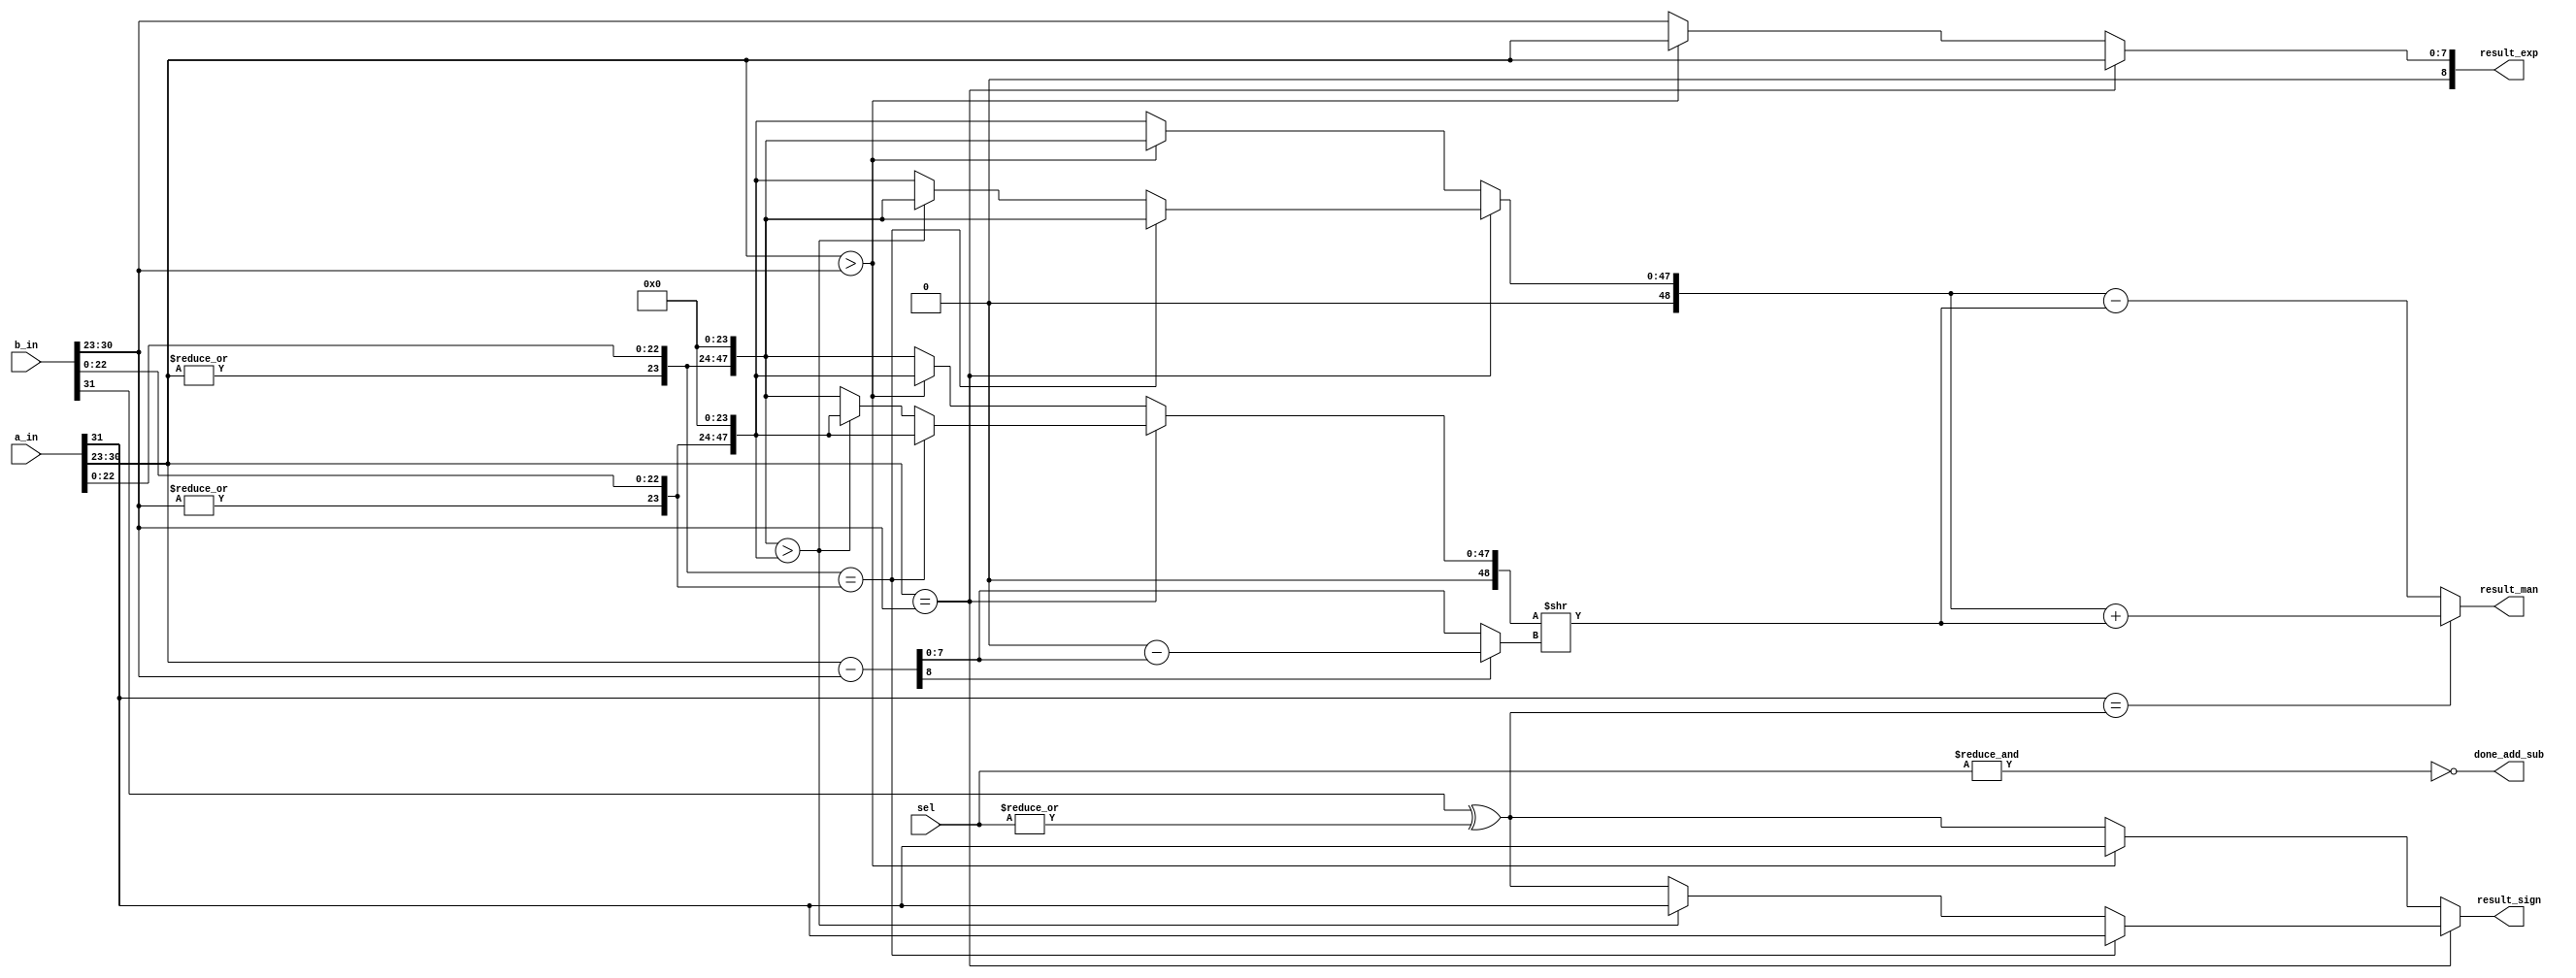
`timescale 1ns/10ps
module add_sub (
   input  wire [31:0] a_in,
   input  wire [31:0] b_in, 
   input  wire [1:0]  sel,
   output reg         result_sign,
   output reg  [8:0]  result_exp,
   output reg  [48:0] result_man,

   output wire         done_add_sub
);
//=======================================================
//  REG/WIRE declarations
//=======================================================  
    reg        a_sign;
    reg        b_sign;
    reg        new_b_sign;  
    reg [8:0]  a_exp;
    reg [8:0]  b_exp;
    reg [48:0] a_man;
    reg [48:0] b_man;
    reg [8:0]  exp_diff;
    reg [7:0]  abs_exp_diff;
    reg [48:0] larger_man;
    reg [48:0] smaller_man; 
    reg [48:0] new_smaller_man;

    assign done_add_sub = !(&(sel)); // add_sub always finish calculating in 1 clk

//=======================================================
//  Behavioral coding
//=======================================================


    always@(*) begin   
        a_sign = a_in[31];
        a_exp  = {1'b0,a_in[30:23]};
        b_sign = b_in[31];
        b_exp  = {1'b0,b_in[30:23]};

//if exp of input is equal to 8'b0, add hidden bit = 0 before mantissa. If not, add 1
        a_man  = {1'b0,|a_exp,a_in[22:0],24'b0}; 
        b_man  = {1'b0,|b_exp,b_in[22:0],24'b0};
 
    
  
//compare two floating point number and match exponent
        new_b_sign = b_sign ^ |sel;
        
        if(a_exp == b_exp) begin
            if(a_man == b_man) begin
                result_sign = a_sign;
                result_exp  = a_exp;
                larger_man  = a_man;
                smaller_man = b_man;
            end
            else begin
            if (a_man > b_man) begin
                result_sign = a_sign;
                result_exp  = a_exp;
                larger_man  = a_man;
                smaller_man = b_man;
            end
            else begin
                result_sign = new_b_sign;
                result_exp  = a_exp;
                larger_man  = b_man;
                smaller_man = a_man;
                end
            end  
        end  
        else begin
            if(a_exp > b_exp) begin
                result_sign = a_sign;
                result_exp  = a_exp;
                larger_man  = a_man;
                smaller_man = b_man; 
            end
            else begin
                result_sign = new_b_sign;
                result_exp  = b_exp;
                larger_man  = b_man;
                smaller_man = a_man;
            end
        end
    end
      
//shift mantissa of smaller number after match exponent  
    always@(*) begin     
        exp_diff  = a_exp - b_exp;
        if (exp_diff[8]) begin
            abs_exp_diff = 8'b0 - exp_diff[7:0];
        end
        else begin
            abs_exp_diff = exp_diff[7:0];
        end

        new_smaller_man = smaller_man >> abs_exp_diff;
    end
    
//add or subtract two fp numbers
    always@(*) begin
        if (a_sign == new_b_sign) begin
            result_man = larger_man + new_smaller_man;
        end
        else begin
            result_man = larger_man - new_smaller_man;
        end
    end
endmodule